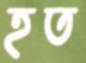
হত